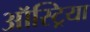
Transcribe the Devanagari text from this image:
ऑस्‍ट्रिया